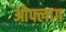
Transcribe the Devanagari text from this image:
ओफ्लाग